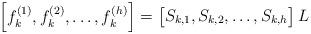
LaTeX: \begin{align*}\left[ \begin{matrix} f_{k}^{(1)},f_{k}^{(2)},\ldots ,f_{k}^{(h)}\end{matrix}\right]=\left[ \begin{matrix} S_{k,1},S_{k,2},\ldots ,S_{k,h}\end{matrix}\right] L\end{align*}